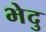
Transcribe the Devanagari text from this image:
भेदु